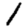
Digit: 1